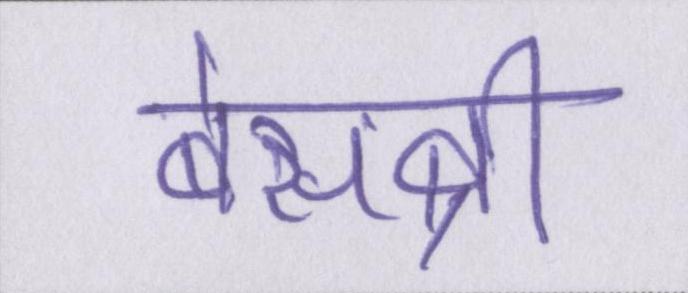
बेसब्री